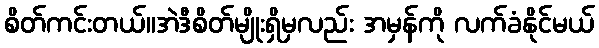
စိတ်ကင်းတယ်။အဲဒီစိတ်မျိုးရှိမှလည်း အမှန်ကို လက်ခံနိုင်မယ်